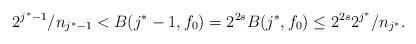
LaTeX: \begin{align*}2^{j^*-1}/n_{j^*-1}< B(j^*-1,f_0)= 2^{2s} B(j^*,f_0)\leq 2^{2s} 2^{j^*}/n_{j^*}.\end{align*}